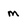
Character: m